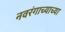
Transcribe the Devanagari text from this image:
नवरंगाच्याच्या